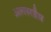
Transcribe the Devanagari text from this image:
अल्लरडैस